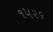
૧૫૨૬